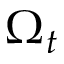
\Omega _ { t }